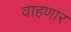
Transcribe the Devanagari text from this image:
वाहणार